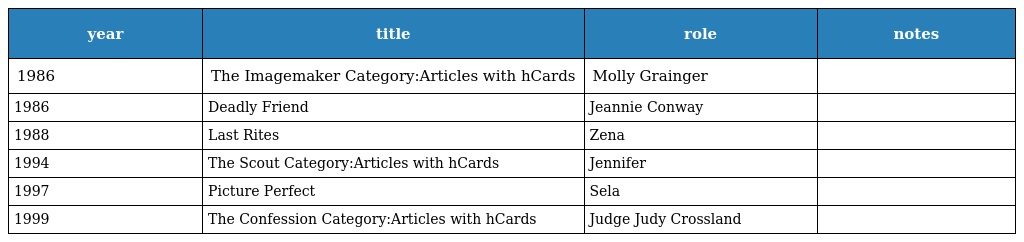
| year | title | role | notes |
 | --- | --- | --- | --- |
 | 1986 | The Imagemaker Category:Articles with hCards | Molly Grainger |  |
 | 1986 | Deadly Friend | Jeannie Conway |  |
 | 1988 | Last Rites | Zena |  |
 | 1994 | The Scout Category:Articles with hCards | Jennifer |  |
 | 1997 | Picture Perfect | Sela |  |
 | 1999 | The Confession Category:Articles with hCards | Judge Judy Crossland |  |